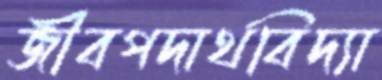
জীবপদার্থবিদ্যা